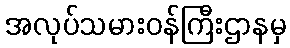
အလုပ်သမားဝန်ကြီးဌာနမှ